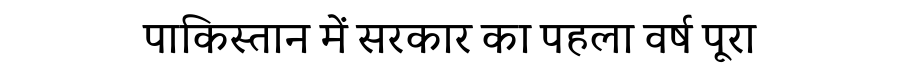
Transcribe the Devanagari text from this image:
पाकिस्तान में सरकार का पहला वर्ष पूरा